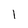
Character: 1